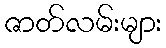
ဇာတ်လမ်းများ